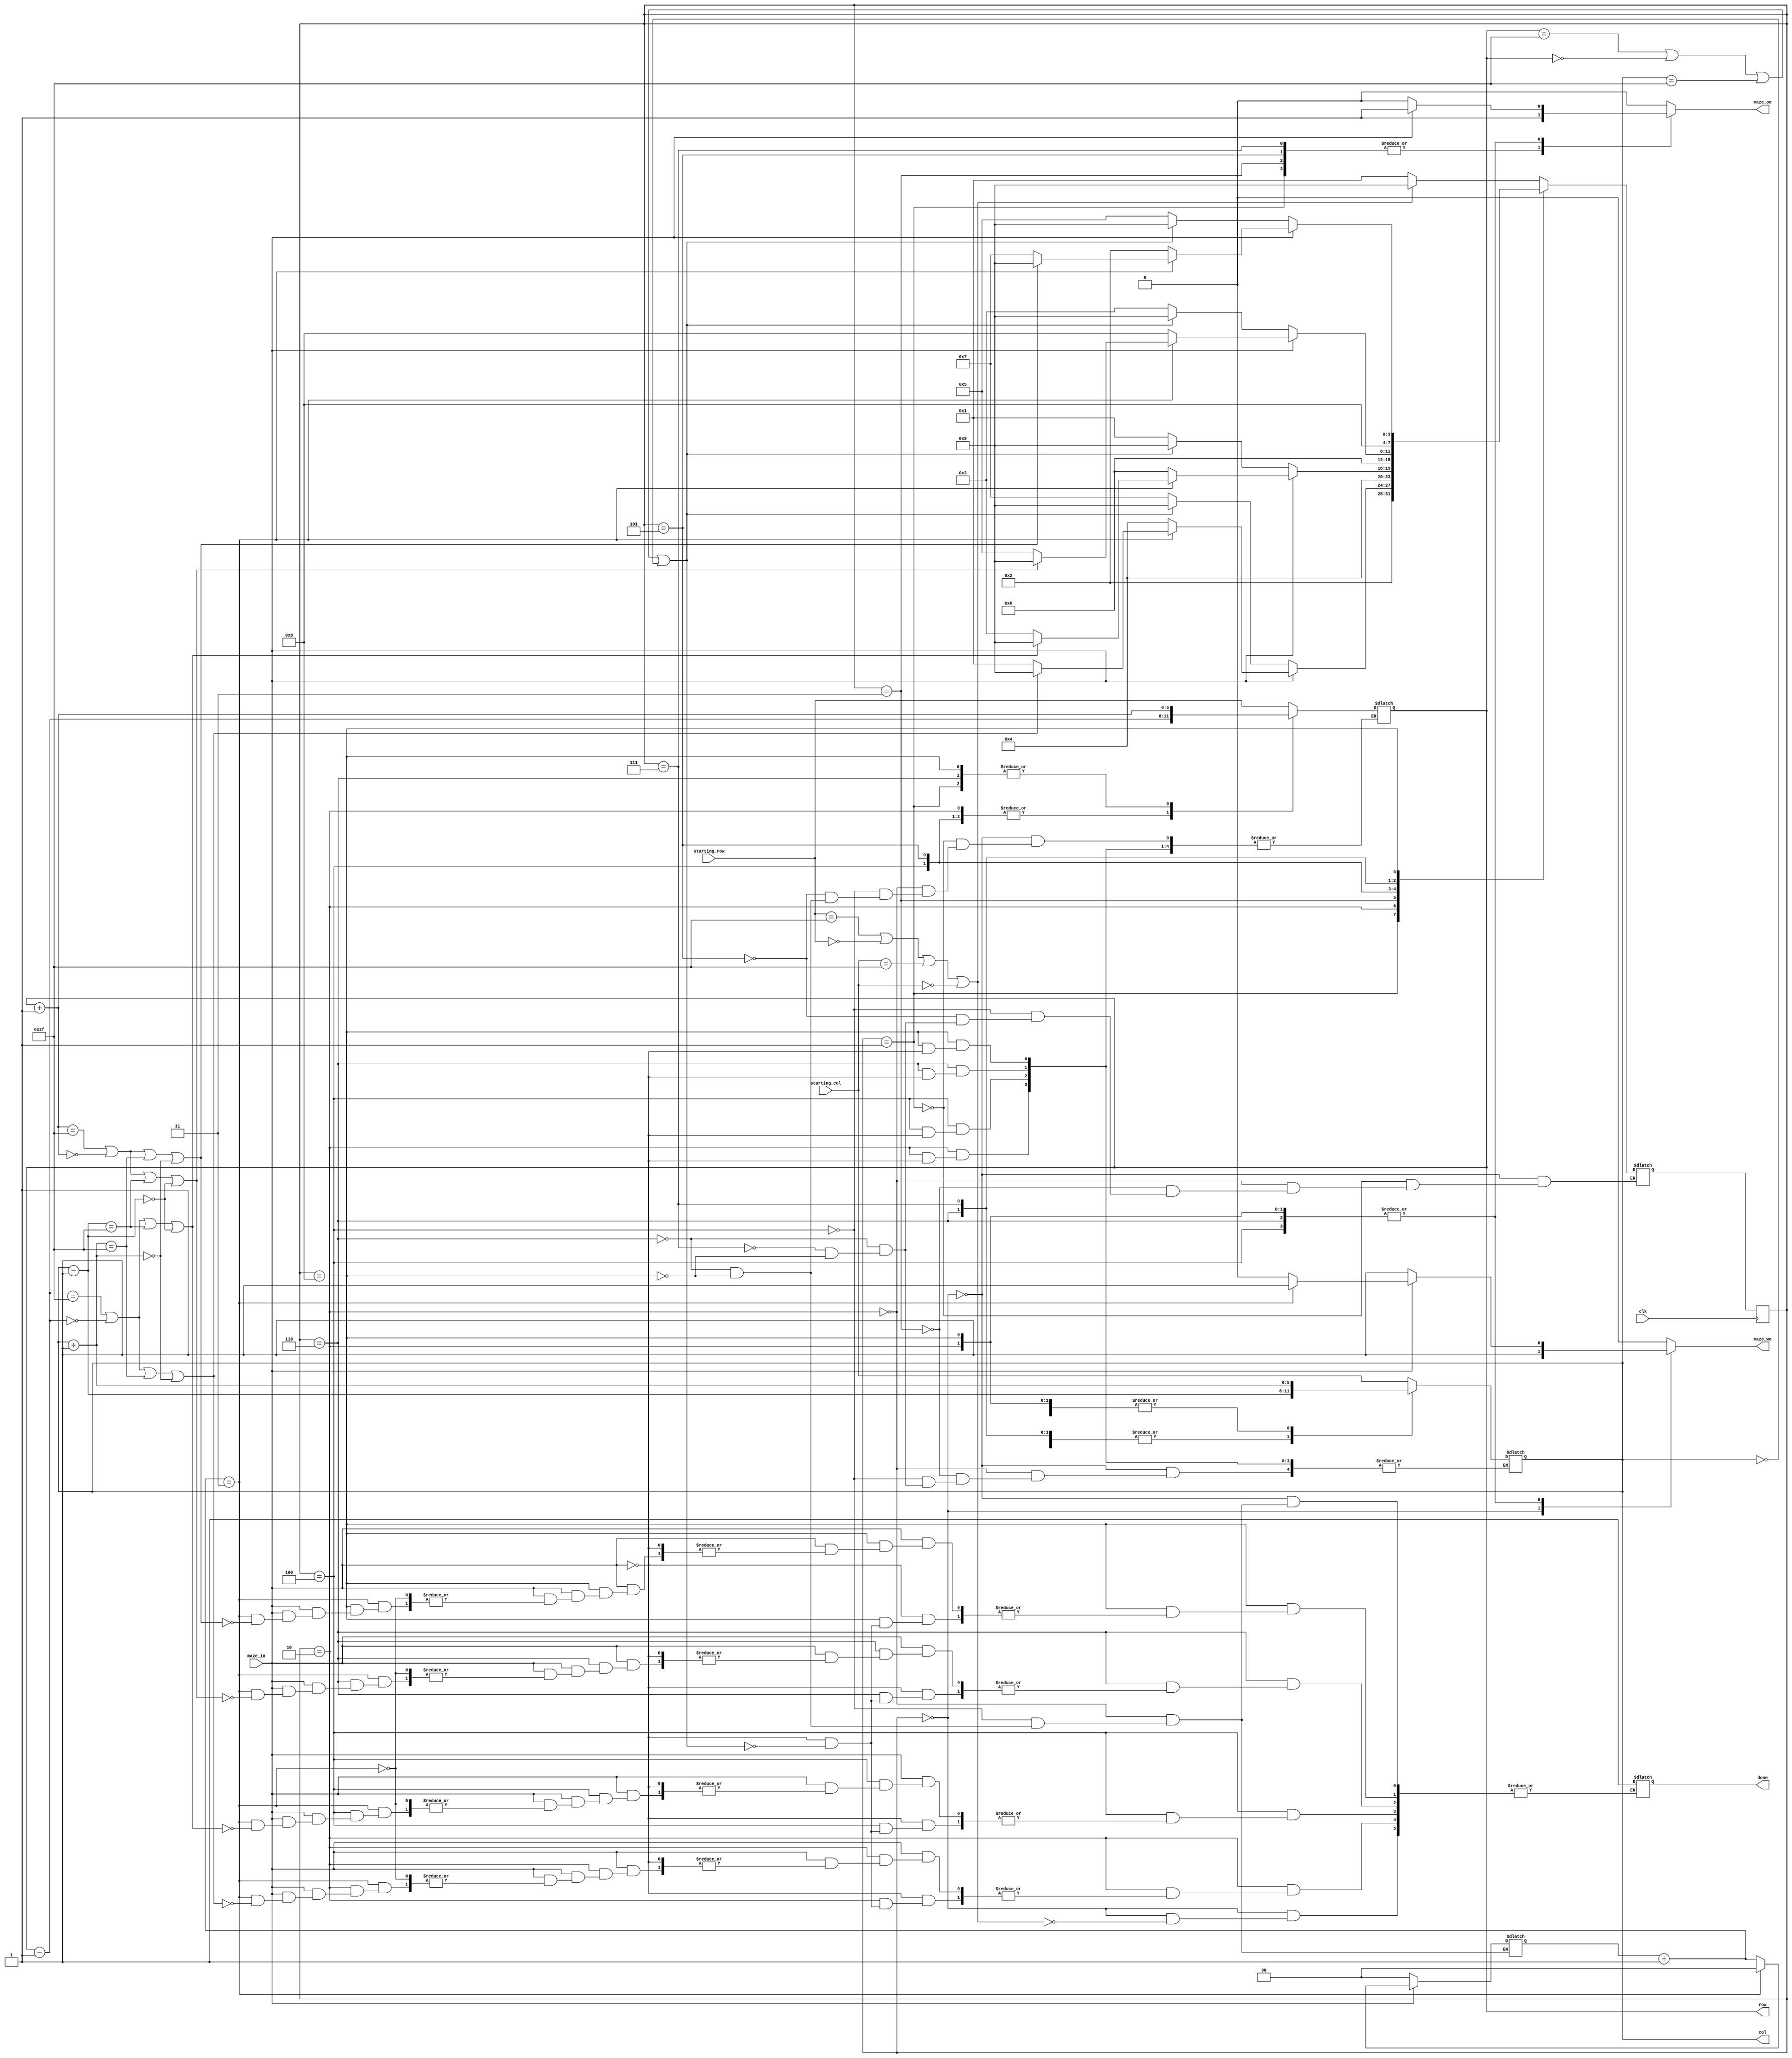
module maze(
	input clk,
	input [maze_width - 1:0]  starting_col, starting_row, 	// indicii punctului de start
	input maze_in, 			// ofera informatii despre punctul de coordonate [row, col]
	output reg [maze_width - 1:0] row, col,	 		// selecteaza un rnd si o coloana din labirint
	output reg maze_oe,			// output enable (activeaza verificarea din labirint la rndul si coloana date) - semnal sincron	
	output reg maze_we, 			// write enable (activeaza scrierea n labirint la rndul si coloana date) - semnal sincron
	output reg done); // iesirea din labirint a fost gasita; semnalul ramane activ 


	parameter maze_width = 6;

	`define init 0
	`define verif_jos 1
	`define verif_dreapta 3
	`define verif_sus 5
	`define verif_stanga 7
	`define iesire 9
	
	always @(posedge clk) begin
			state <= state_next;
	end
	
	reg [3:0] state = `init;
	reg [3:0] state_next = `init;
	reg [1:0] t = 0;
	
	always @(*) begin

		maze_oe = 0;
		maze_we = 0;
		case(state)
			`init: begin
				row = starting_row;
				col = starting_col;
				maze_we = 1;			
				state_next = `verif_jos;
				if ((row == 63) || (row == 0) || (col == 63) || (col == 0)) begin
					state_next = `iesire;
					done = 1;
				end
			end
				
			
			`verif_jos: begin
				row = row + 1;
				maze_oe = 1;
				state_next = `verif_jos + 1;
			end

			`verif_jos + 1: begin
				if (maze_in == 0) begin
					state_next = `verif_stanga;
					maze_we = 1;
					t = 0;
					if ((row == 63) || (row == 0) || (col == 63) || (col == 0)) begin
						state_next = `iesire;
						done = 1;
					end
				end
				else if (maze_in == 1) begin
					row = row - 1;
					state_next = `verif_dreapta + 1;
					maze_oe = 1;
					col = col + 1;
					t = t + 1;
					if (t == 3) begin
						maze_we = 1;
						t = 0;
						state_next = `verif_jos;
						if ((row == 63) || (row == 0) || (col == 63) || (col == 0)) begin
							state_next = `iesire;
							done = 1;
						end
					end
				end	
			end
			
			
			`verif_dreapta: begin
				col = col + 1;
				maze_oe = 1;
				state_next = `verif_dreapta + 1;
			end

			`verif_dreapta + 1: begin
				if (maze_in == 0) begin
					state_next = `verif_jos;
					maze_we = 1;
					t = 0;
					if ((row == 63) || (row == 0) || (col == 63) || (col == 0)) begin
						state_next = `iesire;
						done = 1;

					end
				end
				else if (maze_in == 1) begin
					col = col - 1;
					state_next = `verif_sus + 1;
					maze_oe = 1;
					row = row - 1;
					t = t + 1;
					if (t == 3) begin
						maze_we = 1;
						t = 0;
						state_next = `verif_dreapta;
						if ((row == 63) || (row == 0) || (col == 63) || (col == 0)) begin
							state_next = `iesire;
							done = 1;
						end
					end
				end
			end
			
			`verif_sus: begin
				row = row - 1;
				maze_oe = 1;
				state_next = `verif_sus + 1;
			end

			`verif_sus + 1: begin
				if (maze_in == 0) begin
					state_next = `verif_dreapta;
					maze_we = 1;
					t = 0;
					if ((row == 63) || (row == 0) || (col == 63) || (col == 0)) begin
						state_next = `iesire;
						done = 1;
					end
				end
				else if (maze_in == 1) begin
					row = row + 1;
					state_next = `verif_stanga + 1;
					maze_oe = 1;
					col = col - 1;
					t = t + 1;
					if (t == 3) begin
						maze_we = 1;
						t = 0;
						state_next = `verif_sus;
						if ((row == 63) || (row == 0) || (col == 63) || (col == 0)) begin
							state_next = `iesire;
							done = 1;
						end
					end
				end
			end
			
			`verif_stanga: begin
				col = col - 1;
				maze_oe = 1;
				state_next = `verif_stanga + 1;
			end

			`verif_stanga + 1: begin
				if (maze_in == 0) begin
					state_next = `verif_sus;
					maze_we = 1;
					t = 0;
					if ((row == 63) || (row == 0) || (col == 63) || (col == 0)) begin
						state_next = `iesire;
						done = 1;
					end
				end
				else if (maze_in == 1) begin
					col = col + 1;
					state_next = `verif_jos + 1;
					maze_oe = 1;
					row = row + 1;
					t = t + 1;
					if (t == 3) begin
						maze_we = 1;
						t = 0;
						state_next = `verif_stanga;
						if ((row == 63) || (row == 0) || (col == 63) || (col == 0)) begin
							state_next = `iesire;
							done = 1;
						end
					end
				end
			
			end
				
			`iesire: begin
			end			
		
		endcase 
				
	end 

endmodule